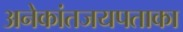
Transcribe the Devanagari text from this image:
अनेकांतजयपताका